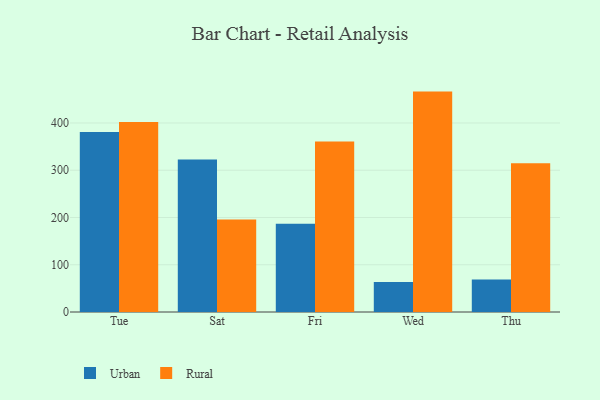
{"axis": {"x": "Day", "y": "Budget (USD K)"}, "legend": ["Rural", "Urban"], "data": [{"x": "Tue", "y": 380.7, "type": "Urban"}, {"x": "Tue", "y": 401.9, "type": "Rural"}, {"x": "Sat", "y": 322.7, "type": "Urban"}, {"x": "Sat", "y": 195.6, "type": "Rural"}, {"x": "Fri", "y": 186.8, "type": "Urban"}, {"x": "Fri", "y": 360.6, "type": "Rural"}, {"x": "Wed", "y": 63.3, "type": "Urban"}, {"x": "Wed", "y": 466.4, "type": "Rural"}, {"x": "Thu", "y": 68.6, "type": "Urban"}, {"x": "Thu", "y": 314.9, "type": "Rural"}]}